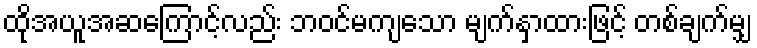
ထိုအယူအဆကြောင့်လည်း ဘဝင်မကျသော မျက်နှာထားဖြင့် တစ်ချက်မျှ